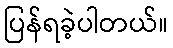
ပြန်ရခဲ့ပါတယ်။